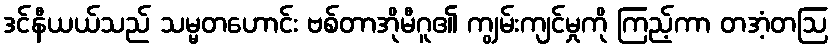
ဒင်နီယယ်သည် သမ္မတဟောင်း ဗစ်တာအိုမီဂူ၏ ကျွမ်းကျင်မှုကို ကြည့်ကာ တအံ့တဩ